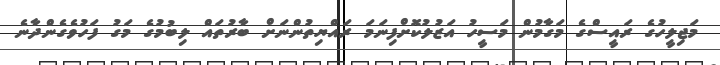
މަޖިލީހުގެ ރައީސްގެ މަގާމުން މަސީހު އަޒުލުކޮށްފިނަމަ ރައްޔިތުންނަށް ބާރުތައް ލިބުމުގެ މަގު ފަހުވެގެންދާނެ